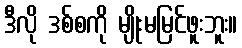
ဒီလို ဒစ်စကို မျိုးမမြင်ဖူးဘူး။